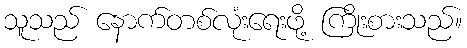
သူသည် နောက်တစ်လုံးရေးဖို့ ကြိုးစားသည်။